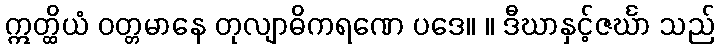
ဣတ္ထိယံ ဝတ္တမာနေ တုလျာဓိကရဏေ ပဒေ။ ။ ဒီဃာနှင့်ဇင်္ဃာ သည်